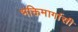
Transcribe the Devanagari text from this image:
भक्तिमार्गासी